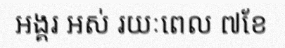
អង្គរ អស់ រយៈពេល ៧ខែ